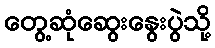
တွေ့ဆုံဆွေးနွေးပွဲသို့